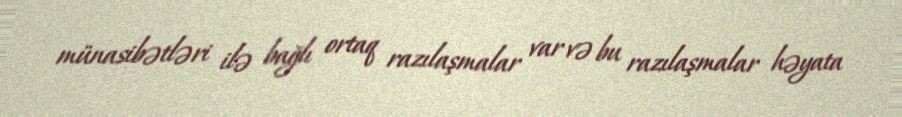
münasibətləri ilə bağlı ortaq razılaşmalar var və bu razılaşmalar həyata